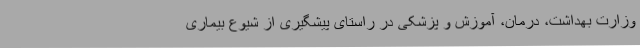
وزارت بهداشت، درمان، آموزش و پزشکی در راستای پیشگیری از شیوع بیماری